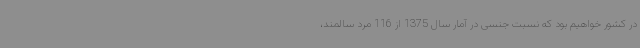
در کشور خواهیم بود که نسبت جنسی در آمار سال 1375 از 116 مرد سالمند،